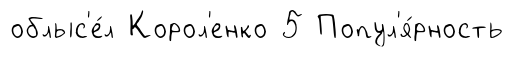
облыс'е́л Корол'енко 5 Попул'я́рность